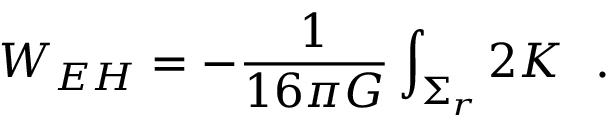
W _ { E H } = - { \frac { 1 } { 1 6 \pi G } } \int _ { \Sigma _ { r } } 2 K ~ ~ .